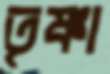
তৃষ্ণা